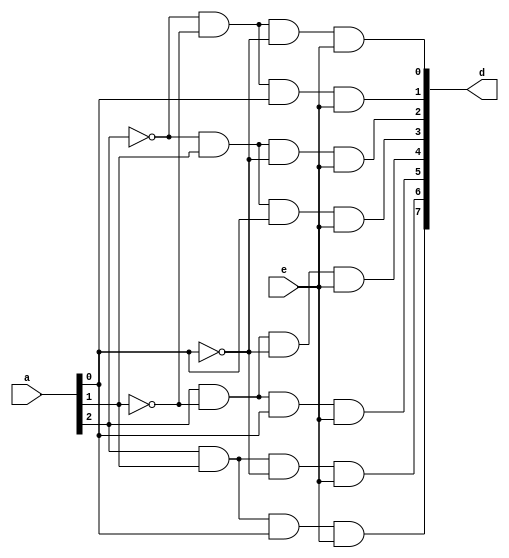
module decoder38(
    input [2:0] a,
	 input e,
    output [7:0] d
    );
wire x,y,z;
not g1(z,a[0]);
not g2(y,a[1]);
not g3(x,a[2]);
and g4(d[0],x,y,z,e);
and g5(d[1],x,y,a[0],e);
and g6(d[2],x,a[1],z,e);
and g7(d[3],x,a[1],a[0],e);
and g8(d[4],a[2],y,z,e);
and g9(d[5],a[2],y,a[0],e);
and g10(d[6],a[2],a[1],z,e);
and g11(d[7],a[2],a[1],a[0],e);
endmodule